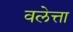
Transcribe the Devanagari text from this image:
वलेत्ता